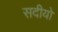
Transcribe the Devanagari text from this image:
सदीयो